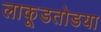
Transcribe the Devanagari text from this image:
लाकूडतोडया